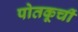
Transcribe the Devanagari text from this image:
पोतकूर्ची